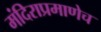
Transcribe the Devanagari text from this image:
मंदिराप्रमाणेच